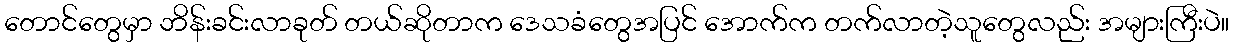
တောင်တွေမှာ ဘိန်းခင်းလာခုတ် တယ်ဆိုတာက ဒေသခံတွေအပြင် အောက်က တက်လာတဲ့သူတွေလည်း အများကြီးပဲ။